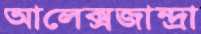
আলেক্সজান্দ্রা